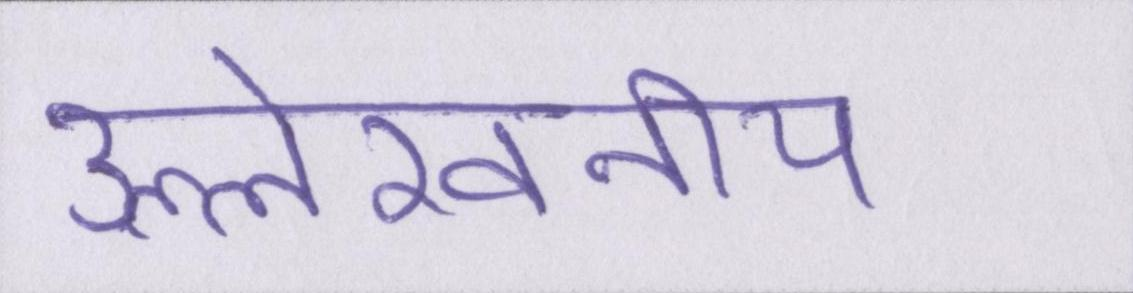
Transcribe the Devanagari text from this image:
उल्लेखनीय